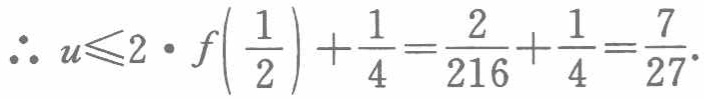
\(\therefore u\leqslant2\cdot f\left(\frac{1}{2}\right)+\frac{1}{4}=\frac{2}{216}+\frac{1}{4}=\frac{7}{27}\)